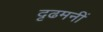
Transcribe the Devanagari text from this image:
दृढमनीं